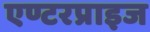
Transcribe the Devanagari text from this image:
एण्टरप्राइज